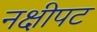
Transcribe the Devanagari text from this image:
नक्षीपट